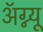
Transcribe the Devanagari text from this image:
अॅग्न्यू